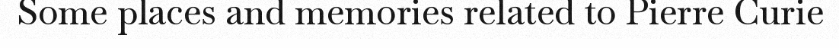
Some places and memories related to Pierre Curie